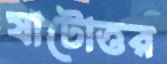
ষাটোত্তর